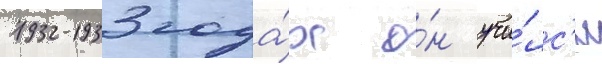
1932-1933 года́х о́н учи́лс'я